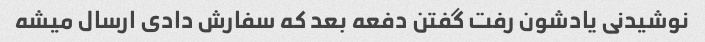
نوشیدنی یادشون رفت گفتن دفعه بعد که سفارش دادی ارسال میشه